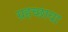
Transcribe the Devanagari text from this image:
ग्रहच्छाया